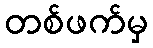
တစ်ဖက်မှ